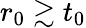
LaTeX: r_{0}\gtrsim t_{0}